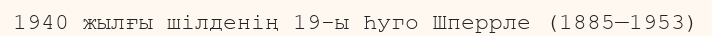
1940 жылғы шілденің 19-ы Һуго Шперрле (1885—1953)